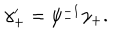
\gamma _ { + } ^ { \prime } = \psi _ { - } ^ { - 1 } \gamma _ { + } .